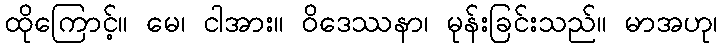
ထိုကြောင့်။ မေ၊ ငါအား။ ဝိဒေဿနာ၊ မုန်းခြင်းသည်။ မာအဟု၊